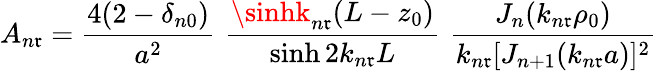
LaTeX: A_{n\mathfrak{r}}={\frac{{4(2-\delta_{n0})}}{{a^{2}}}}\, \, {\frac{{\sinhk_{n\mathfrak{r}}(L-z_{0})}}{{\sinh2k_{n\mathfrak{r}}L}}}\, \, {\frac{{J_{n}(k_{n\mathfrak{r}}\rho_{0})}}{{k_{n\mathfrak{r}}[J_{n+1}(k_{n\mathfrak{r}}a)]^{2}}}}